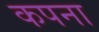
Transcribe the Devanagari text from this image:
कपना